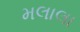
મલાલા